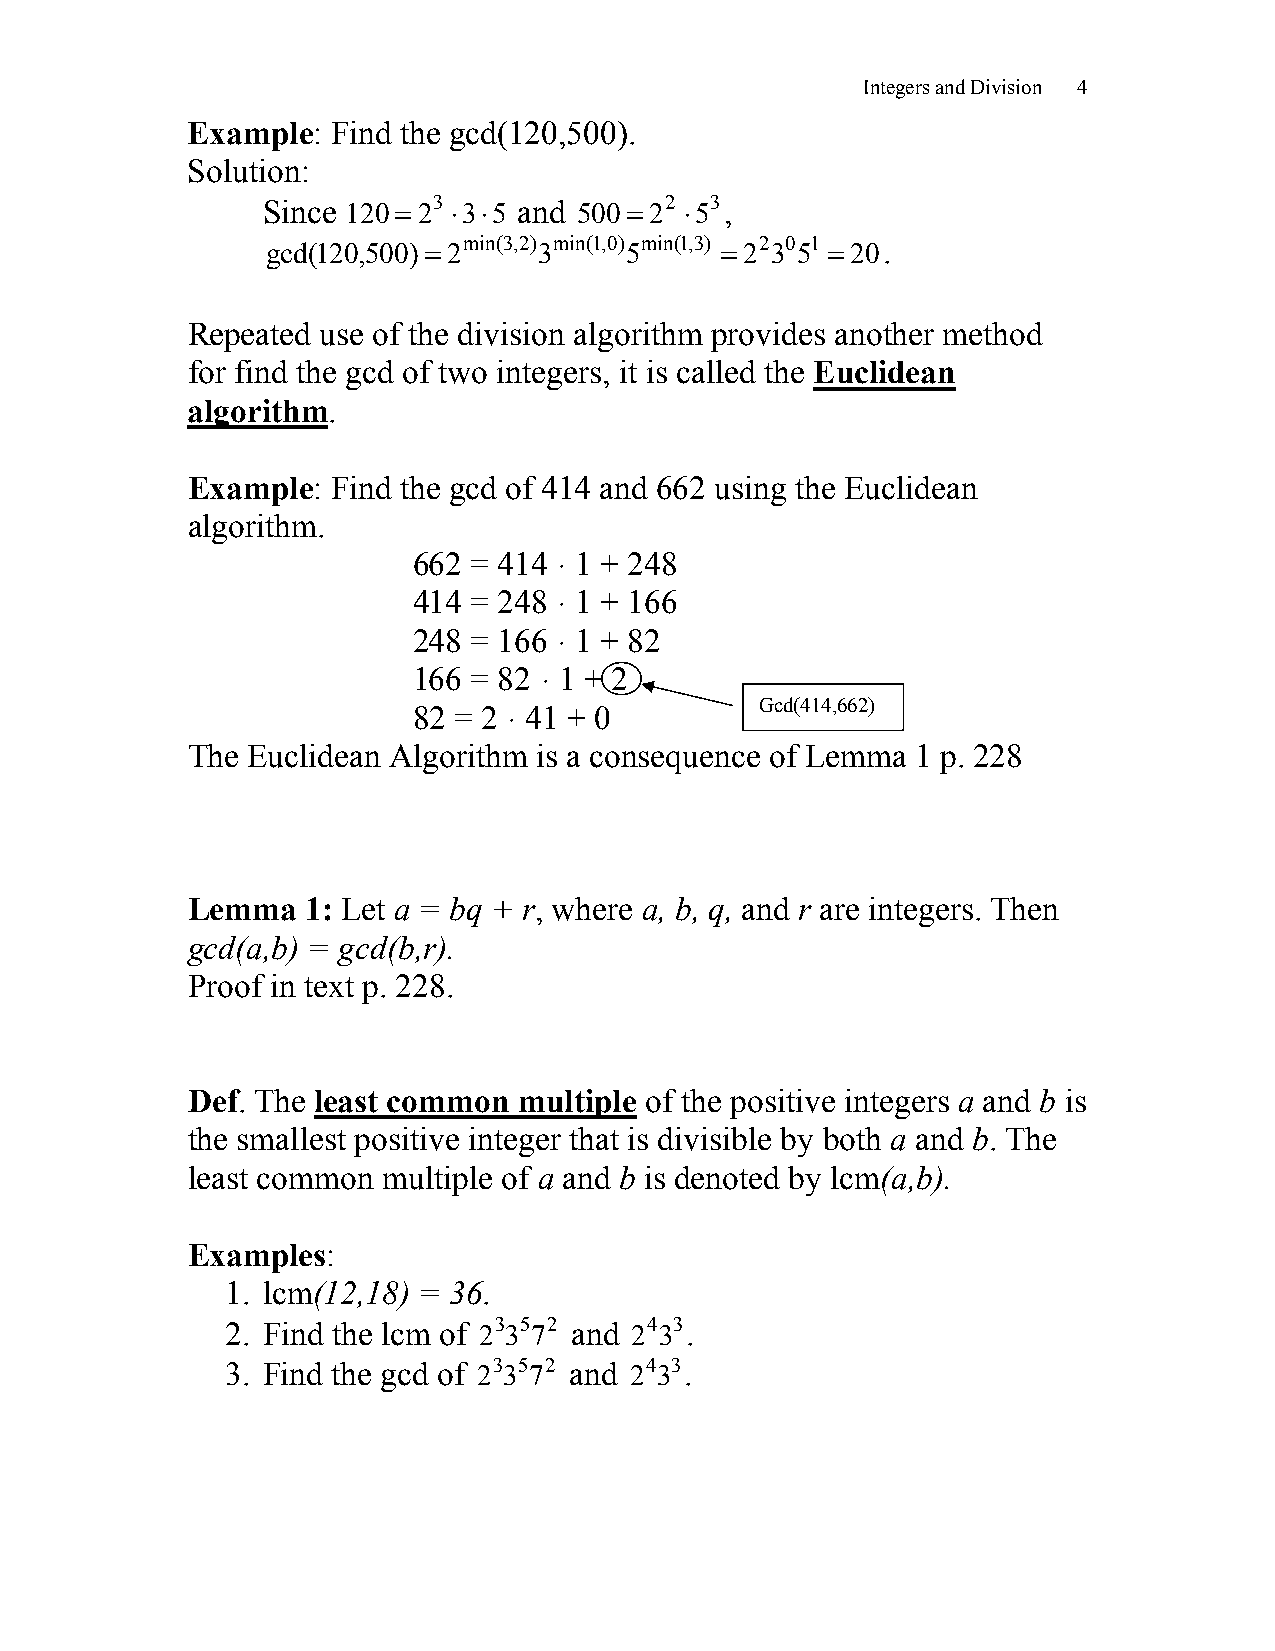
Integers and Division 4
 Example:  Find the gcd(120,500).
 Solution:
 Since 120= 23 ⋅3⋅5 and 500= 22 ⋅53,
 gcd(120,500) = 2min(3,2) 3min(1,0) 5min(1,3) = 22 30 51 = 20.
 Repeated use of the division algorithm provides another method
 for find the gcd of two integers, it is called the Euclidean
 algorithm.
 Example:  Find the gcd of 414 and 662 using the Euclidean
 algorithm.
 662 = 414 ּ 1 + 248
 414 = 248 ּ 1 + 166
 248 = 166 ּ 1 + 82
 166 = 82 ּ 1 + 2
 Gcd(414,662)
 82 = 2 ּ 41 + 0
 The Euclidean Algorithm is a consequence of Lemma 1 p. 228
 Lemma   1: Let a = bq + r, where a, b, q, and r are integers. Then
 gcd(a,b) = gcd(b,r).
 Proof in text p. 228.
 Def. The least common multiple of the positive integers a and b is
 the smallest positive integer that is divisible by both a and b. The
 least common multiple of a and b is denoted by lcm(a,b).
 Examples:
 1. lcm(12,18) = 36.
 2. Find the lcm of 23 35 72 and 24 33.
 3. Find the gcd of 23 35 72 and 24 33.